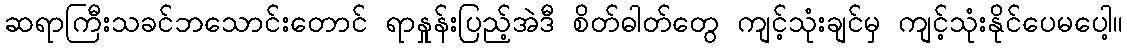
ဆရာကြီးသခင်ဘသောင်းတောင် ရာနှုန်းပြည့်အဲဒီ စိတ်ဓါတ်တွေ ကျင့်သုံးချင်မှ ကျင့်သုံးနိုင်ပေမပေါ့။